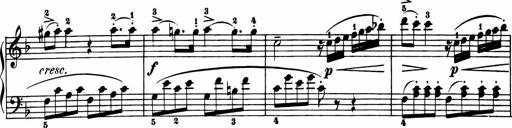
Title: 11 Sonatinas for Piano Solo
Composer: Anton Diabelli